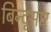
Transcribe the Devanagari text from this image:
बिन्दूसार